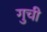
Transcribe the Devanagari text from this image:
गुची